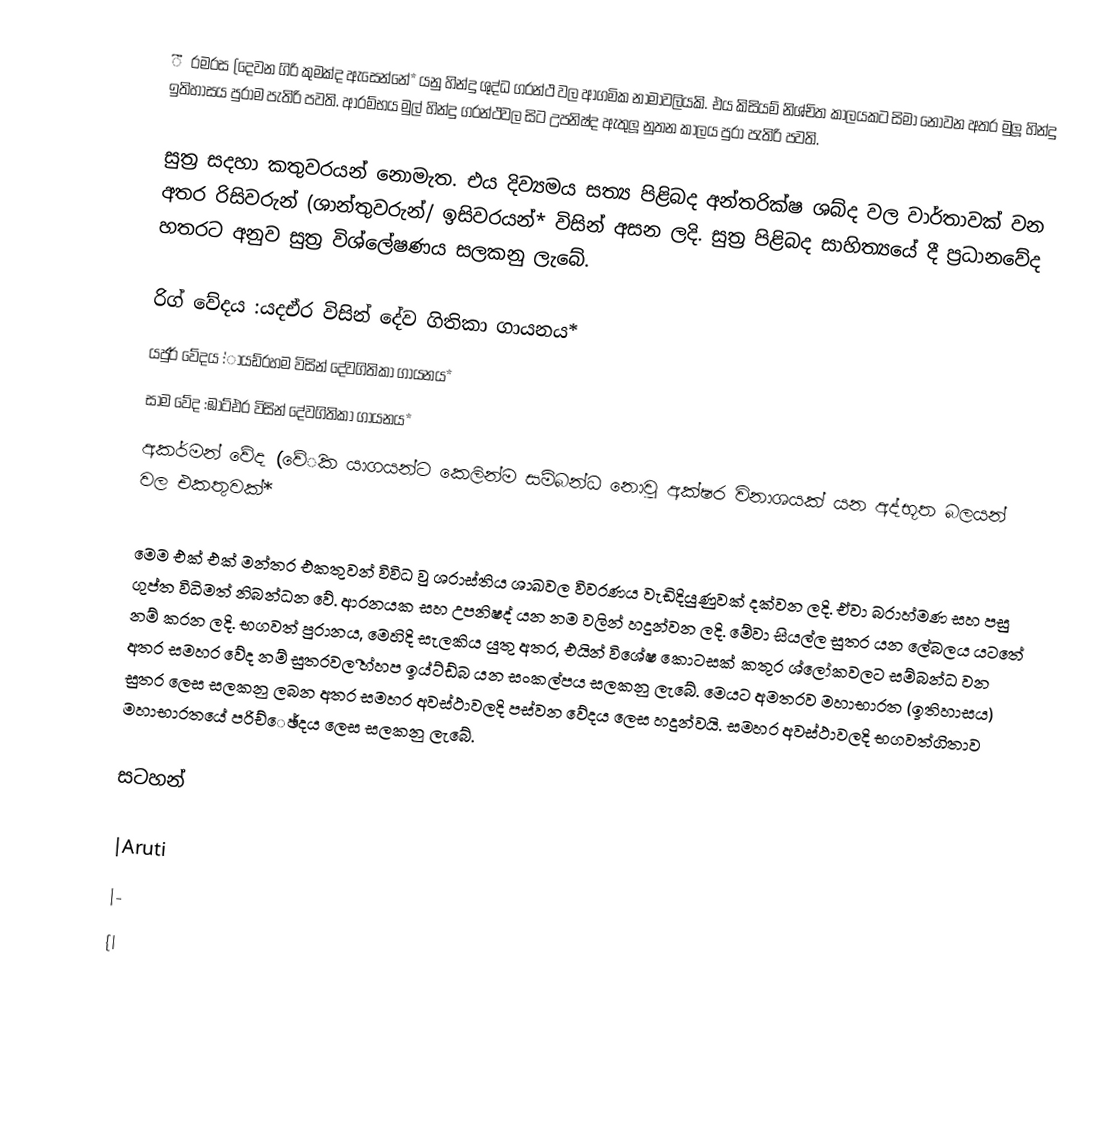
ීරමරස (දෙවන ගිරි කුමක්ද ඇසෙන්නේ* යනු හින්දු ශුද්ධ ග‍්‍රන්ථ වල ආගමික නාමාවලියකි. එය කිසියම් නිශ්චිත කාලයකට සිමා නොවන අතර මුලූ හින්දු ඉතිහාසය පුරාම පැතිරි පවති. ආරම්භය මුල් හින්දු ග‍්‍රන්ථවල සිට උපනිෂ්ද ඇතුලූ නුතන කාලය පුරා පැතිරි පවති.

	සුත‍්‍ර සදහා කතුවරයන් නොමැත. එය දිව්‍යමය සත්‍ය පිළිබද අන්තරික්ෂ ශබ්ද වල වාර්තාවක් වන අතර රිසිවරුන් (ශාන්තුවරුන්/ ඉසිවරයන්* විසින් අසන ලදි. සුත‍්‍ර පිළිබද සාහිත්‍යයේ දී ප‍්‍රධානවේද හතරට අනුව සුත‍්‍ර විශ්ලේෂණය සලකනු ලැබේ.

රිග් වේදය :යදඒර විසින් දේව ගිතිකා ගායනය*
යජුර් වේදය :්ායඩ්රහම විසින් දේවගිතිකා ගායනය*
සාම වේද :ඹාට්එර විසින් දේවගිතිකා ගායනය*
අකර්මන් වේද (වේික යාගයන්ට කෙලින්ම සම්බන්ධ නොවු අක්ෂර විනාශයක් යන අද්භූත බලයන් වල එකතුවක්*

	මෙම එක් එක් මන්ත‍්‍ර එකතුවන් විවිධ වු ශ‍්‍රාස්තිය ශාඛවල විවරණය වැඩිදියුණුවක් දක්වන ලදි. ඒවා බ‍්‍රාහ්මණ සහ පසු ගුප්ත විධිමත් නිබන්ධන වේ. ආරනයක සහ උපනිෂද් යන නම වලින් හදුන්වන ලදි. මේවා සියල්ල සුත‍්‍ර යන ලේබලය යටතේ නම් කරන ලදි. භගවත් පුරානය, මෙහිදි සැලකිය යුතු අතර, එයින් විශේෂ කොටසක් කතුර ශ්ලෝකවලට සම්බන්ධ වන අතර සමහර වේද නම් සුත‍්‍රවල ීහ්හප ඉය්ට්ඩ්බ යන සංකල්පය සලකනු ලැබේ. මෙයට අමතරව මහාභාරත (ඉතිහාසය) සුත‍්‍ර ලෙස සලකනු ලබන අතර සමහර අවස්ථාවලදි පස්වන වේදය ලෙස හදුන්වයි. සමහර අවස්ථාවලදි භගවත්ගිතාව මහාභාරතයේ පරිච්ෙඡ්දය ලෙස සලකනු ලැබේ.

සටහන්

|Aruti
|-
{|